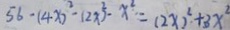
5 6 - ( 4 x ) ^ { 2 } - ( 2 x ) ^ { 2 } - x ^ { 2 } = ( 2 x ) ^ { 2 } + 3 x ^ { 2 }